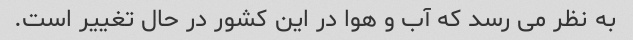
به نظر می رسد که آب و هوا در این کشور در حال تغییر است.